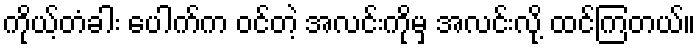
ကိုယ့်တံခါး ပေါက်က ဝင်တဲ့ အလင်းကိုမှ အလင်းလို့ ထင်ကြတယ်။